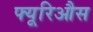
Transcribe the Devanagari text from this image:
फ्यूरिऔस